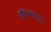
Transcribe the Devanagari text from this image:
हरिकेन्सकडून